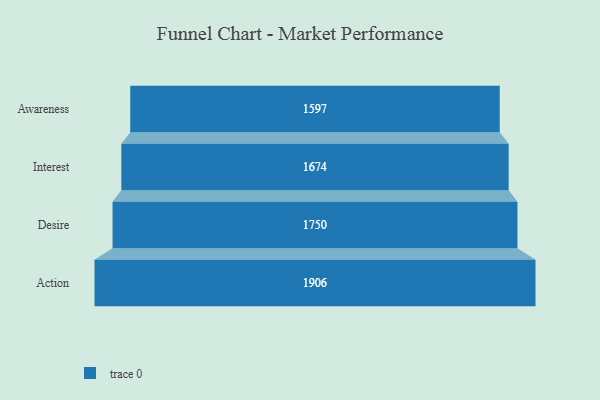
{"axis": {"x": "Stage", "y": "Value"}, "legend": [""], "data": [{"x": "Awareness", "y": 1597.0, "type": ""}, {"x": "Interest", "y": 1674.0, "type": ""}, {"x": "Desire", "y": 1750.0, "type": ""}, {"x": "Action", "y": 1906.0, "type": ""}]}